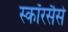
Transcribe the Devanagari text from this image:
स्कॉरसैसे